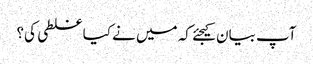
آپ بیان کیجئے کہ میں نے کیا غلطی کی؟